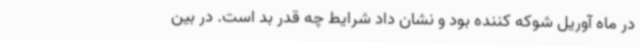
در ماه آوریل شوکه کننده بود و نشان داد شرایط چه قدر بد است. در بین